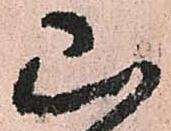
山